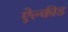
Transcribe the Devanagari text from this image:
ऐल्कीड